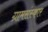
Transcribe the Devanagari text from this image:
ग्रामसंस्कार